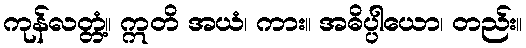
ကုန်လတ္တံ့။ ဣတိ အယံ၊ ကား။ အဓိပ္ပါယော၊ တည်း။